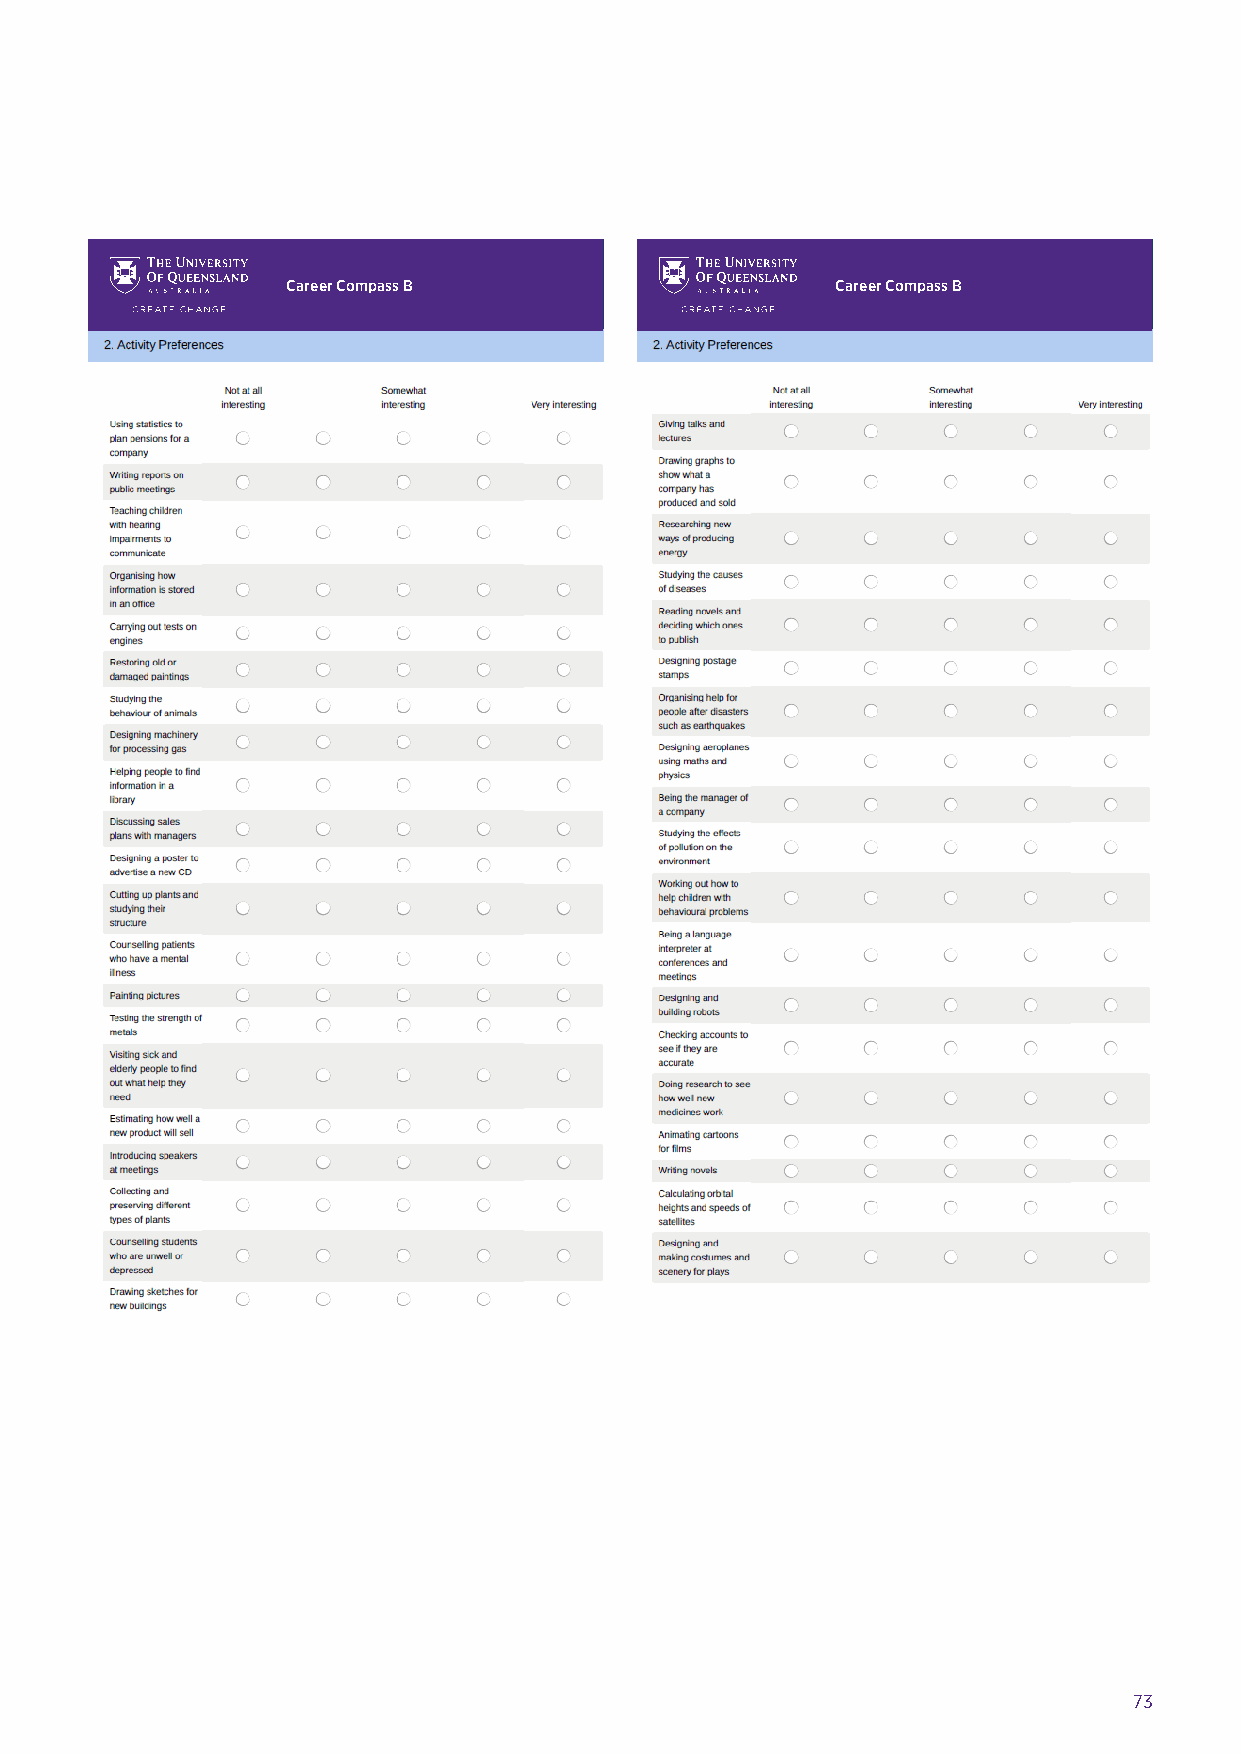
Career Compass B                    Career Compass B
 Hands up for Gender Equality: A Major Study into Confidence and Career Intentions of Adolescent Girls & Boys H1a0nd2s up for Gender Equality: A Major Study into Confidence and Career Intentions of Adolescent Girls & Boys 102
 Hands up for Gender Equality: A Major Study into Confidence and Career Intentions of Adolescent Girls & Boys H1an0d4s up for Gender Equality: A Major Study into Confidence and Career Intentions of Adolescent Girls & Boys 105
 73